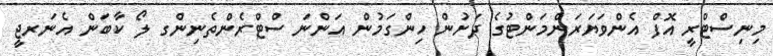
މިނިސްޓްރީ އޮފް އެންވަޔަރަންމަންޓުގެ ދަށުން ހިންގަމުން އަންނަ ސްޓްރެންތެނިންގ ލޯ ކާބަން އެނަރޖީ